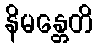
နိမန္တေတိ